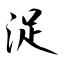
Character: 浞